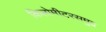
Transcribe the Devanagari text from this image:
किलोमीटरसमुद्र